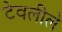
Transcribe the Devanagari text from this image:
टेवलीले